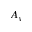
A _ { y }